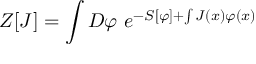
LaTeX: Z [ J ] = \int { \cal D } \varphi \ e ^ { - S [ \varphi ] + \int J ( x ) \varphi ( x ) }